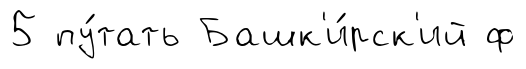
5 пу́тать Башк'и́рск'ий ф